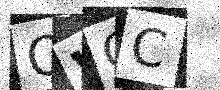
Text: OWCC